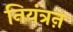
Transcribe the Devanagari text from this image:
नियंत्रऩ